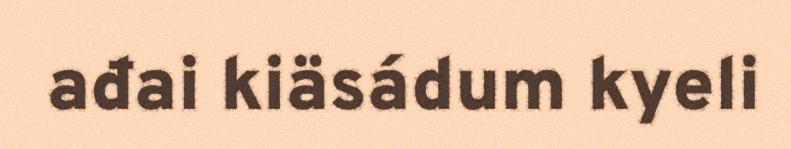
ađai kiäsádum kyeli